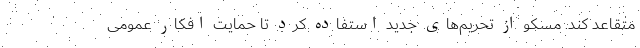
متقاعد کند. مسکو از تحریم‌های جدید استفاده کرد تا حمایت افکار عمومی